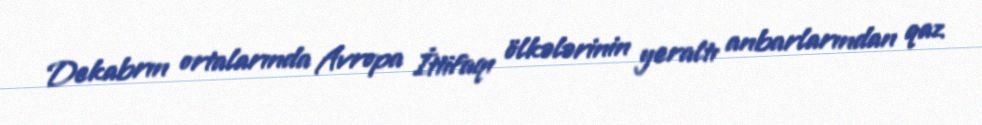
Dekabrın ortalarında Avropa İttifaqı ölkələrinin yeraltı anbarlarından qaz